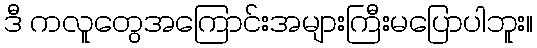
ဒီ ကလူတွေအကြောင်းအများကြီးမပြောပါဘူး။